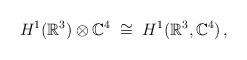
LaTeX: \begin{align*} H^1(\mathbb{R}^3)\otimes\mathbb{C}^4\;\cong\; H^1(\mathbb{R}^3,\mathbb{C}^4)\,,\end{align*}